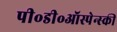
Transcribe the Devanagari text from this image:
पी॰डी॰ऑस्पेन्स्की